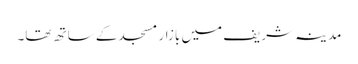
مدینہ شریف میں بازار مسجد کے ساتھ تھا۔